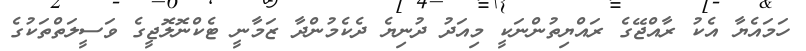
ހަމައެޔާ އެކު ރާއްޖޭގެ ރައްޔިތުންނަކީ މިއަދު ދުނިޔެ ދެކެމުންދާ ޒަމާނީ ޓެކްނޮލޮޖީގެ ވަސީލަތްތަކުގެ